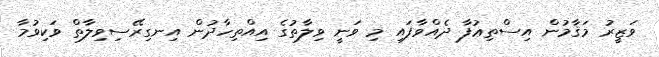
ވަޒީރު މަޤާމުން އިސްތިޢުފާ ދެއްވާފައި މި ވަނީ ވިލާތުގެ އިއްތިހާދުން އިނގިރޭސިވިލާތް ވަކިވުމާ